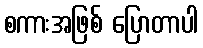
စကားအဖြစ် ပြောတာပါ